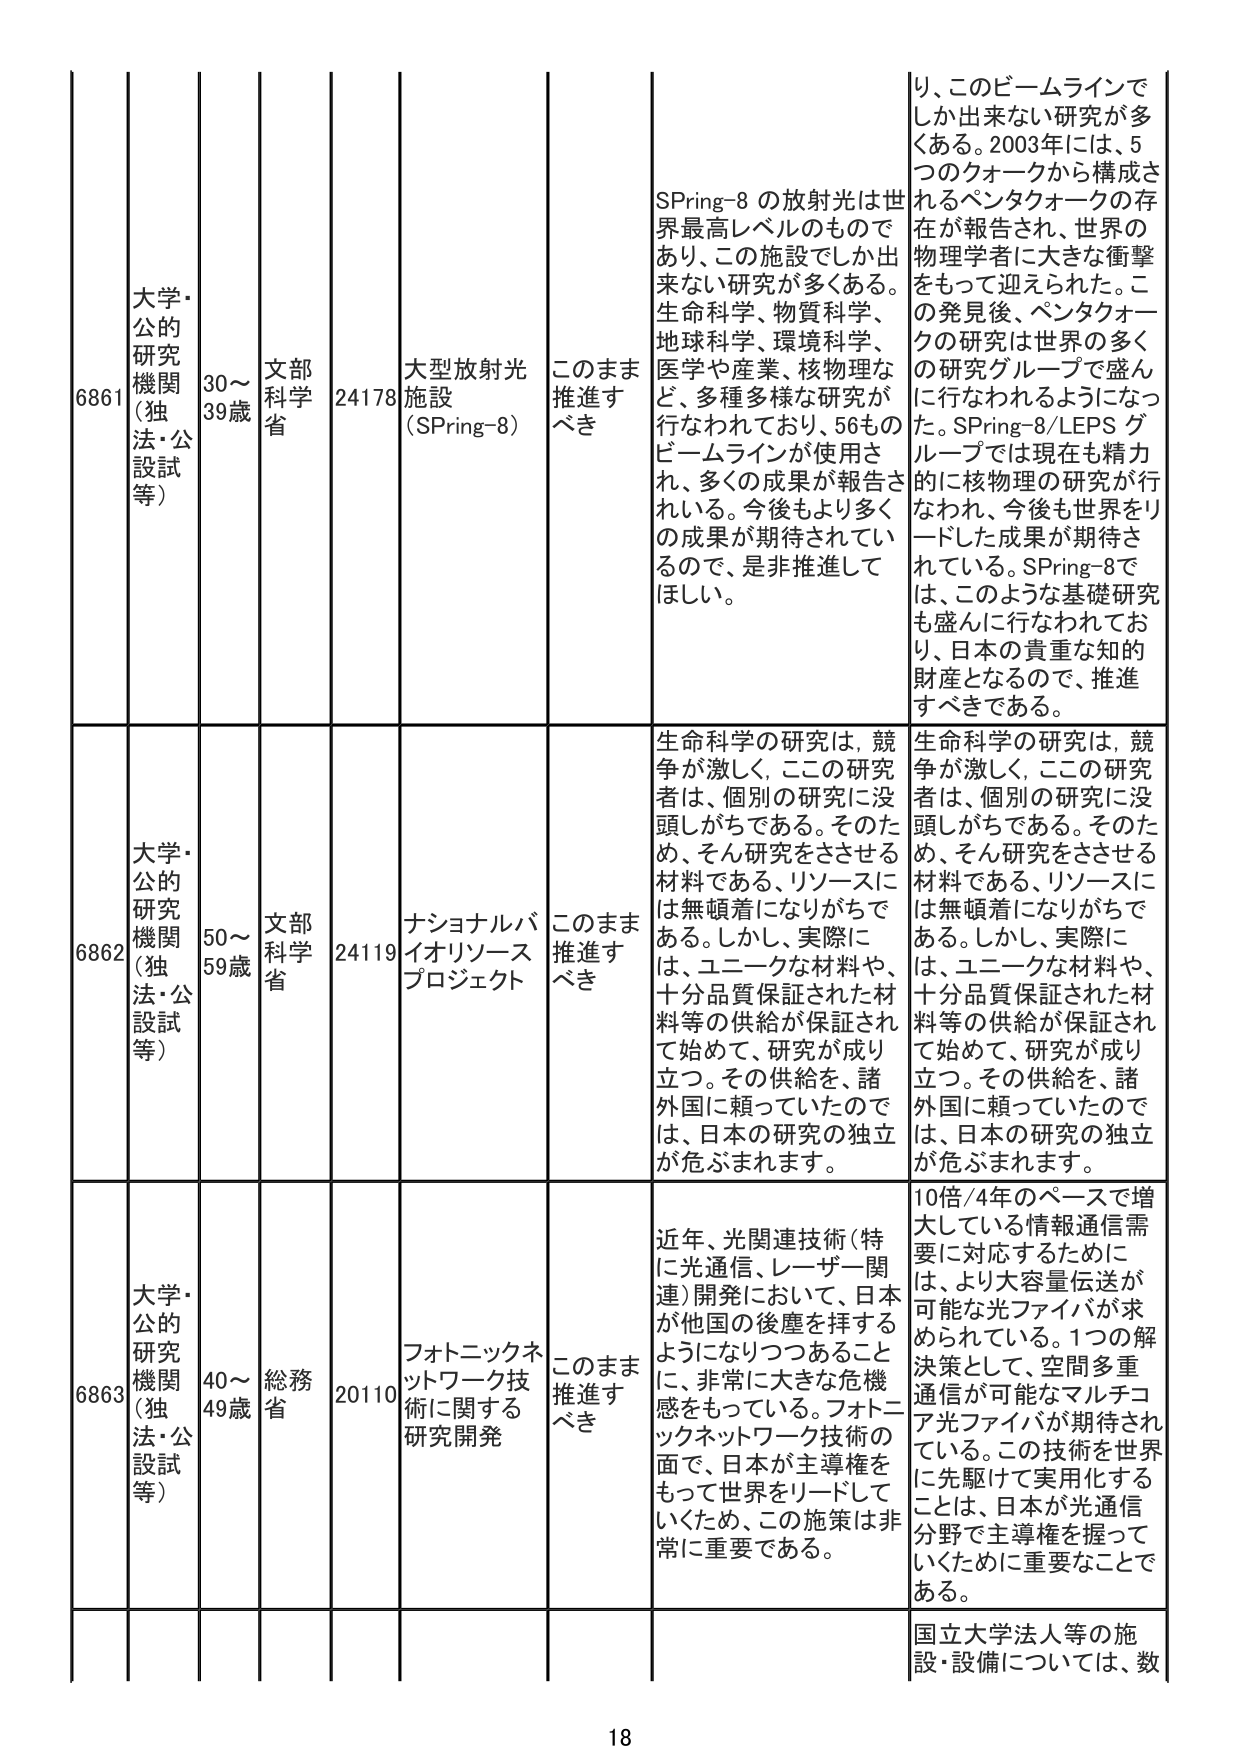
6861 大学・公的研究機関（独法・公設試等） 30～39歳 文部科学省 24178 大型放射光施設（SPring-8） このまま推進すべき SPring-8 の放射光は世界最高レベルのものであり、この施設でしか出来ない研究が多くある。生命科学、物質科学、地球科学、環境科学、医学や産業、核物理など、多種多様な研究が行なわれており、56ものビームラインが使用され、多くの成果が報告されている。今後もより多くの成果が期待されているので、是非推進してほしい。 り、このビームラインでしか出来ない研究が多くある。2003年には、5つのクォークから構成されるペンタクォークの存在が報告され、世界の物理学者に大きな衝撃をもって迎えられた。この発見後、ペンタクォークの研究は世界の多くの研究グループで盛んに行なわれるようになった。SPring-8/LEPS グループでは現在も精力的に核物理の研究が行なわれ、今後も世界をリードした成果が期待されている。SPring-8では、このような基礎研究も盛んに行なわれており、日本の貴重な知的財産となるので、推進すべきである。

6862 大学・公的研究機関（独法・公設試等） 50～59歳 文部科学省 24119 ナショナルバイオリソースプロジェクト このまま推進すべき 生命科学の研究は、競争が激しく、この研究者は、個別の研究に没頭しがちである。そのため、そん研究をさせる材料である、リソースには無頓着になりがちである。しかし、実際には、ユニークな材料や、十分品質保証された材料等の供給が保証されて始めて、研究が成立つ。その供給を、諸外国に頼っていたので、日本の研究の独立が危ぶまれます。 生命科学の研究は、競争が激しく、この研究者は、個別の研究に没頭しがちである。そのため、そん研究をさせる材料である、リソースには無頓着になりがちである。しかし、実際には、ユニークな材料や、十分品質保証された材料等の供給が保証されて始めて、研究が成立つ。その供給を、諸外国に頼っていたので、日本の研究の独立が危ぶまれます。

6863 大学・公的研究機関（独法・公設試等） 40～49歳 総務省 20110 フォトニックネットワーク技術に関する研究開発 このまま推進すべき 近年、光関連技術（特に光通信、レーザー関連）開発において、日本が他国の後塵を拝するようになりつつあることに、非常に大きな危機感をもっている。フォトニックネットワーク技術の面で、日本が主導権をもって世界をリードしていくため、この施策は非常に重要である。 10倍/4年のペースで増大している情報通信需要に対応するために、より大容量伝送が可能な光ファイバが求められている。1つの解決策として、空間多重通信が可能なマルチコア光ファイバが期待されている。この技術を世界に先駆けて実用化することは、日本が光通信分野で主導権を握っていくために重要なことである。

国立大学法人等の施設・設備については、数

18